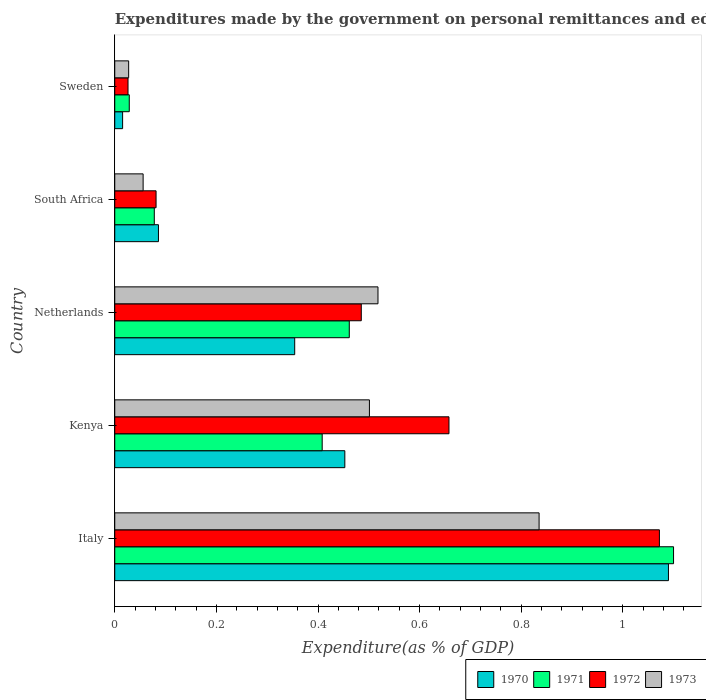
| Country | 1970 | 1971 | 1972 | 1973 |
 | --- | --- | --- | --- | --- |
 | Italy | 1.09 | 1.1 | 1.07 | 0.835 |
 | Kenya | 0.453 | 0.408 | 0.658 | 0.501 |
 | Netherlands | 0.354 | 0.462 | 0.485 | 0.518 |
 | South Africa | 0.086 | 0.0778 | 0.0813 | 0.0558 |
 | Sweden | 0.0154 | 0.0286 | 0.0261 | 0.0274 |